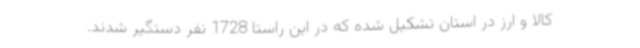
کالا و ارز در استان تشکیل شده که در این راستا 1728 نفر دستگیر شدند.